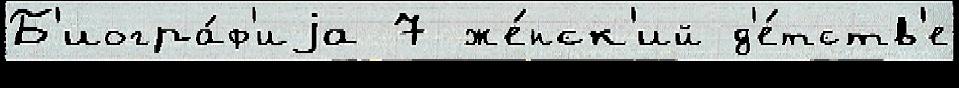
Б'иогра́ф'иjа 7 же́нск'ий д'е́тств'е